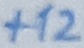
Text: +12